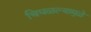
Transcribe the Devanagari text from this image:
चिघळल्यामुळे